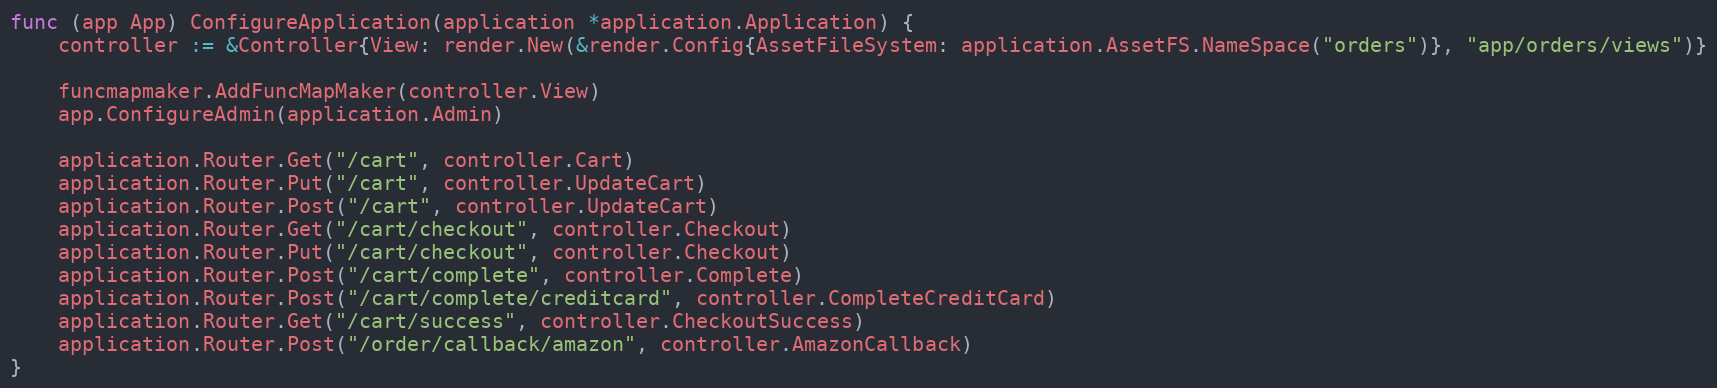
Language: Go
func (app App) ConfigureApplication(application *application.Application) {
	controller := &Controller{View: render.New(&render.Config{AssetFileSystem: application.AssetFS.NameSpace("orders")}, "app/orders/views")}

	funcmapmaker.AddFuncMapMaker(controller.View)
	app.ConfigureAdmin(application.Admin)

	application.Router.Get("/cart", controller.Cart)
	application.Router.Put("/cart", controller.UpdateCart)
	application.Router.Post("/cart", controller.UpdateCart)
	application.Router.Get("/cart/checkout", controller.Checkout)
	application.Router.Put("/cart/checkout", controller.Checkout)
	application.Router.Post("/cart/complete", controller.Complete)
	application.Router.Post("/cart/complete/creditcard", controller.CompleteCreditCard)
	application.Router.Get("/cart/success", controller.CheckoutSuccess)
	application.Router.Post("/order/callback/amazon", controller.AmazonCallback)
}